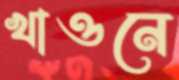
খাওনে